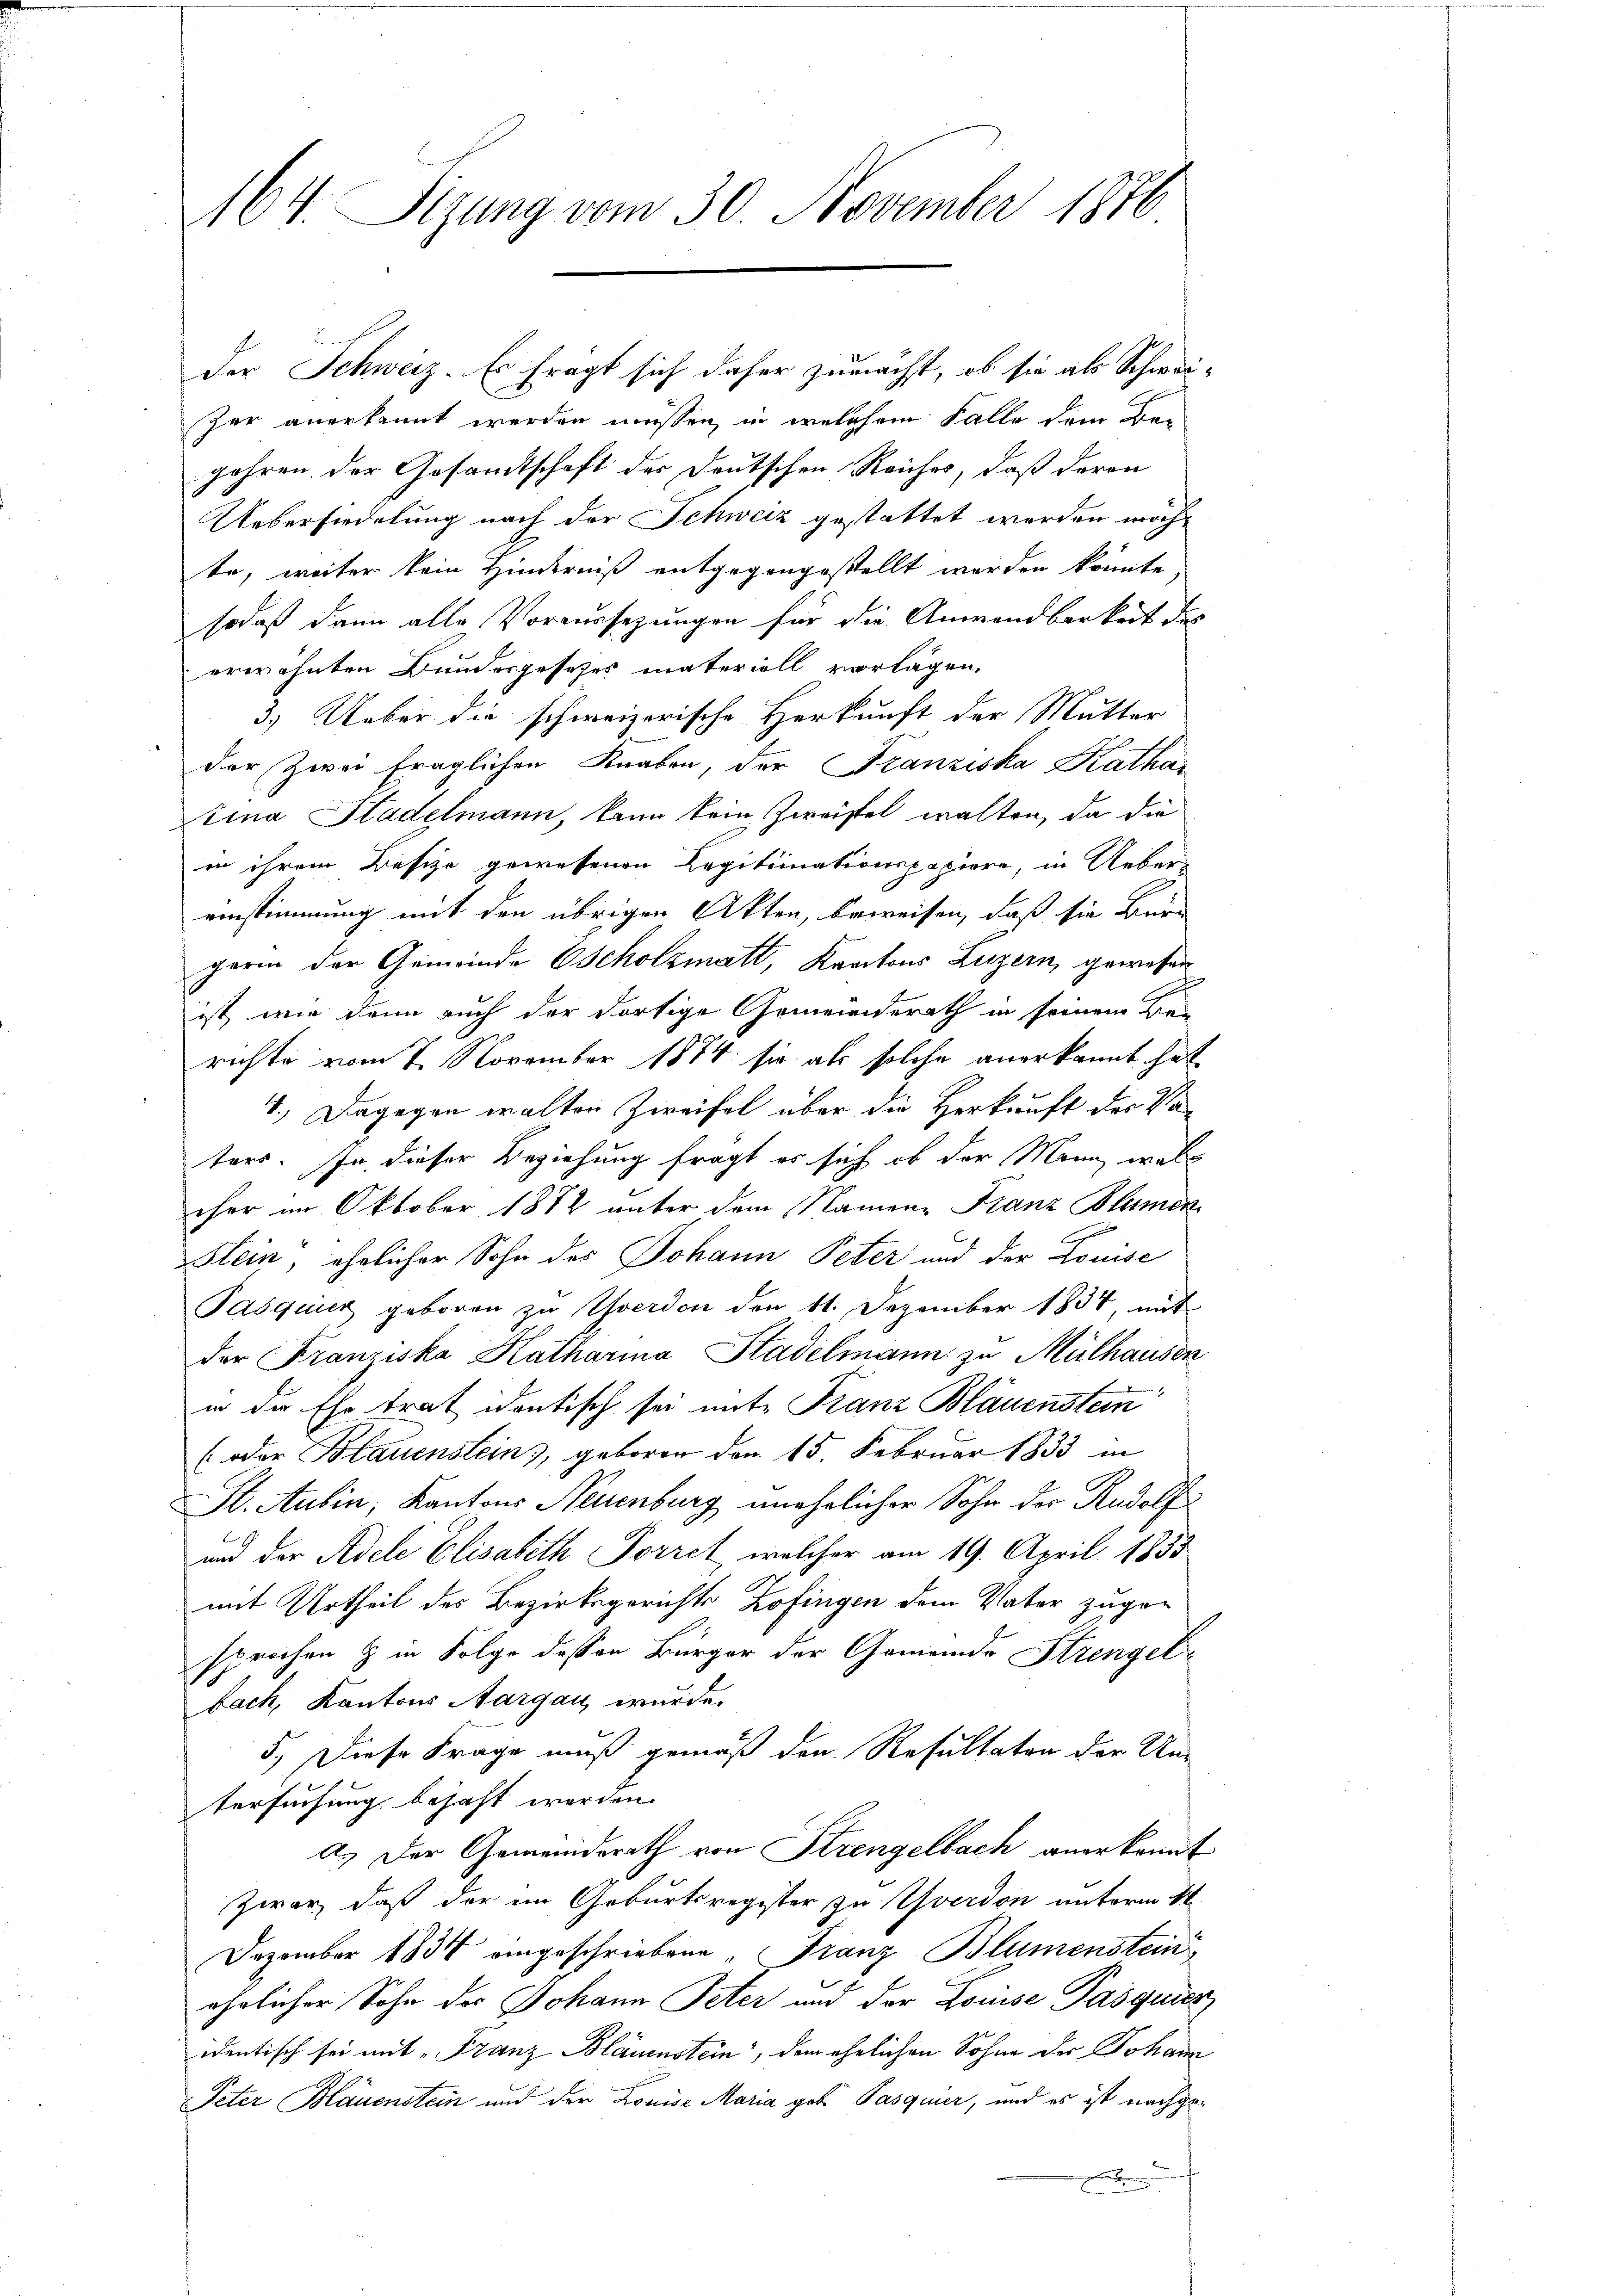
164. Sizung vom 30. November 1870

der Schweiz. Es fragt sich daher zumacht, ob sie als Schwei-
Zer anerkannt werden müssen, in welchem Falle dem Bar
gehren, der Gesandtschaft der Deutschen Reiches, daß deren
Uebersiedelung nach der Schweiz gestattet werden möchte, weiter kein Hinderniß entgegengestellt werden könnte.
sodaß dann alle Voraussezungen für die Anwendbarkeit des
erwähnten Bundesgesetzes materiell vorlagen.
3.) Ueber die schweizerische Herkunft der Mutter
der Zwei fraglichen Knaben, der Franziska Kathar
Ztina Stadelmann, kann kein Zweifel walten, da die
in ihrem Besitze gewesenen Kapitimationspapiere, in Ueber-
einstimmung mit den übrigen Akten, beweisen, daß sie Bür-
gerin der Gemeinde scholzmatt, Kantons Luzern, gewesen
ist, wie dann auch der dortige Gemeindsrath in seinem Be-
richte vom 7. November 1874 sie als solche anerkannt hat,
1.) Dagegen walten Zweifel über die Herkunft des Vor
ters. In dieser Beziehung fragt es sich ob der Mann, welch
cher im Oktober 1872 unter dem Namen Franz Blumen
Slein, ehelicher Sohn des Johann Peter und der Louise
Pasquier geboren zu Yverdon den 11. Dezember 1834, mit
der Franziska Katharina Stadelmann zu Mülhausen
in die Ehe trat identisch sei mit Franz Bläuenstein
(oder Blauenstein, geboren den 15. Februar 1833 in
St. Aubin, Kantons Neuenburg unehelicher Sohn der Rudolf
und der Adele Elisabeth Forret, welcher am 19. April 1833
mit Urtheil des Bezirksgerichts Zofingen dem Vater zuge-
sprochen & in Folge dessen Bürger der Gemeinde Strengel-
bach, Kantons Aargau wurde.
5.) Diese Frage muß gemäß den Resultaten der Un
tersuchung bejaht werden.
A. Der Gemeinderath von Strengelbach anerkannt
zwar, daß der im Geburtsregister zu Yverdon unterm 4t
Dezember 1834 eingeschriebene Franz Blumenstein
ehelicher Sohn des Johann Peter und der Louise Pasquier
identisch sei mit „Franz Blauenstein, dem ehelichen Sohne der Johann
Peter Bläuenstein und der Louise Maria geb. Pasquier, und es ist nachge¬